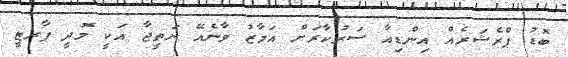
ބޮޑު ޕްރެޝަރެއް އިންޑިއާ ސަރުކާރަށް އަމާޒު ވާނެއޭ ނަތީޖާ އަކީ މޮދީ ޕާރޓީ